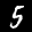
Label: 5